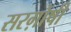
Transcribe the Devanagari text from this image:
सरग़ोषी